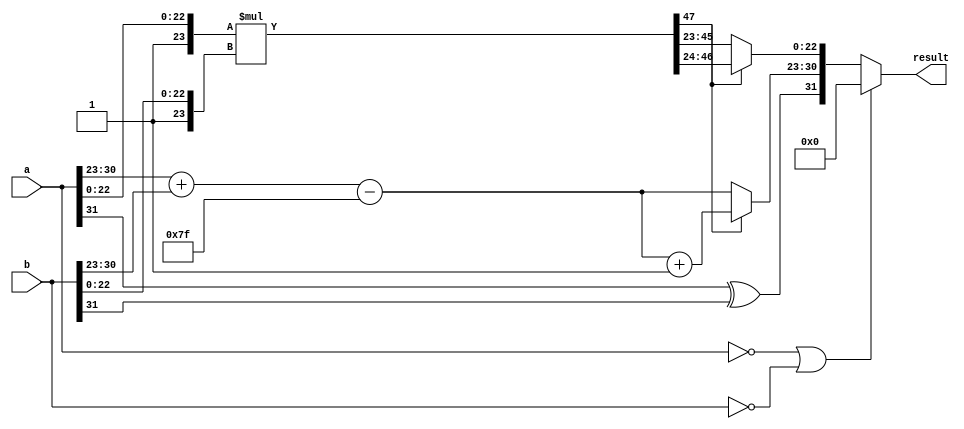
module FloatingMultiplication #(parameter XLEN = 32)
                               (input [XLEN - 1:0] a,
                                b,
                                output reg [XLEN - 1:0] result);
    
    reg [47:0] tempMantis;
    reg [23:0] aMantis, bMantis;
    reg [22:0] resultMantis;
    reg [7:0] aExp, bExp, tmpExp, resultExp;
    reg aSign, bSign, resultSign;
    
    always @(*) begin
        aMantis = {1'b1, a[22:0]};
        aExp    = a[30:23];
        aSign   = a[31];
        
        bMantis = {1'b1, b[22:0]};
        bExp    = b[30:23];
        bSign   = b[31];
        
        tmpExp     = aExp + bExp - 127;
        tempMantis = aMantis * bMantis;
        
        resultExp    = tempMantis[47] ? tmpExp + 1'b1 : tmpExp;
        resultMantis = tempMantis[47] ? tempMantis[46:24] : tempMantis[45:23];
        resultSign = aSign ^ bSign;
        
        result = (a == 32'b0 || b == 32'b0) ? 0 : {resultSign, resultExp, resultMantis};
    end
    
endmodule